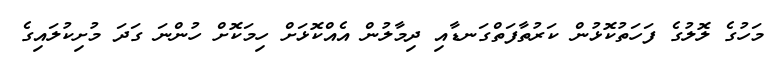
މަހުގެ ލޮލުގެ ފަހަތުކޮޅުން ކަރުތާފަތްގަނޑާއި ދިމާލުން އެއްކޮޅަށް ހިމަކޮށް ހުންނަ ގަދަ މުށިކުލައިގެ